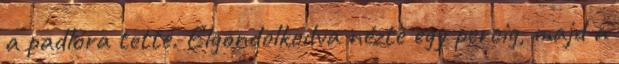
a padlóra tette. Elgondolkodva nézte egy percig, majd a